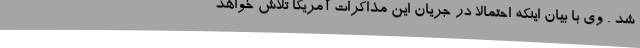
شد . وی با بیان اینکه احتمالا در جریان این مذاکرات آمریکا تلاش خواهد